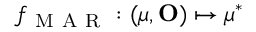
f _ { \mathrm { ~ M ~ A ~ R ~ } } : ( \boldsymbol \mu , \mathbf O ) \mapsto \boldsymbol \mu ^ { * }